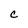
Character: C